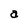
Character: a